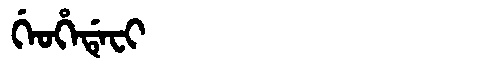
Manchu: ᡤᡝᠣᡥᡝᡩᡝᠸᡳ
Romanization: GEOHEDEFI